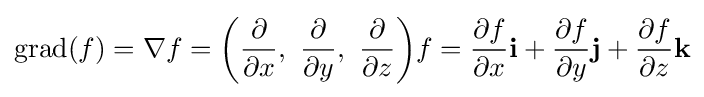
\operatorname {grad} (f)=\nabla f={\begin{pmatrix}\displaystyle {\frac {\partial }{\partial x}},\ {\frac {\partial }{\partial y}},\ {\frac {\partial }{\partial z}}\end{pmatrix}}f={\frac {\partial f}{\partial x}}\mathbf {i} +{\frac {\partial f}{\partial y}}\mathbf {j} +{\frac {\partial f}{\partial z}}\mathbf {k}